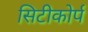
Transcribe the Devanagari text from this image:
सिटीकोर्प